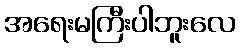
အရေးမကြီးပါဘူးလေ